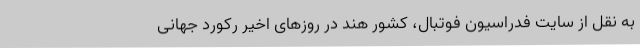
به نقل از سایت فدراسیون فوتبال، کشور هند در روزهای اخیر رکورد جهانی